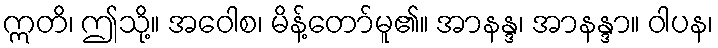
ဣတိ၊ ဤသို့။ အဝေါစ၊ မိန့်တော်မူ၏။ အာနန္ဒ၊ အာနန္ဒာ။ ဝါပန၊